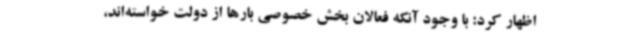
اظهار کرد: با وجود آنکه فعالان بخش خصوصی بارها از دولت خواسته‌اند،